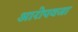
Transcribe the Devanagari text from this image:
आरोपवजा